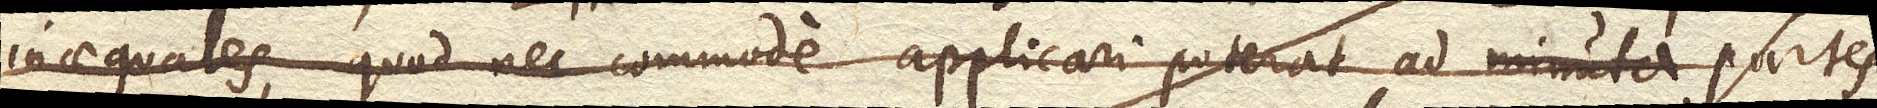
inaequales, quod nec commode applicari poterat ad minuta partes